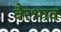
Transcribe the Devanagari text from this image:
बैरभाव